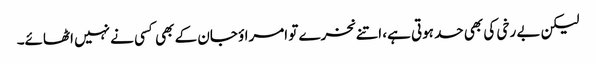
لیکن بے رخی کی بھی حد ہوتی ہے، اتنے نخرے تو امراؤ جان کے بھی کسی نے نہیں اٹھائے۔